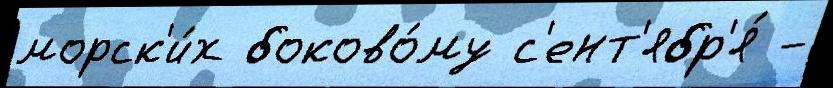
морск'и́х боково́му с'ент'ябр'я́ -